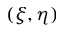
( \xi , \eta )